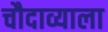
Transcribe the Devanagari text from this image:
चौदाव्याला